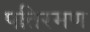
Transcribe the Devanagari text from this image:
पतिरमण